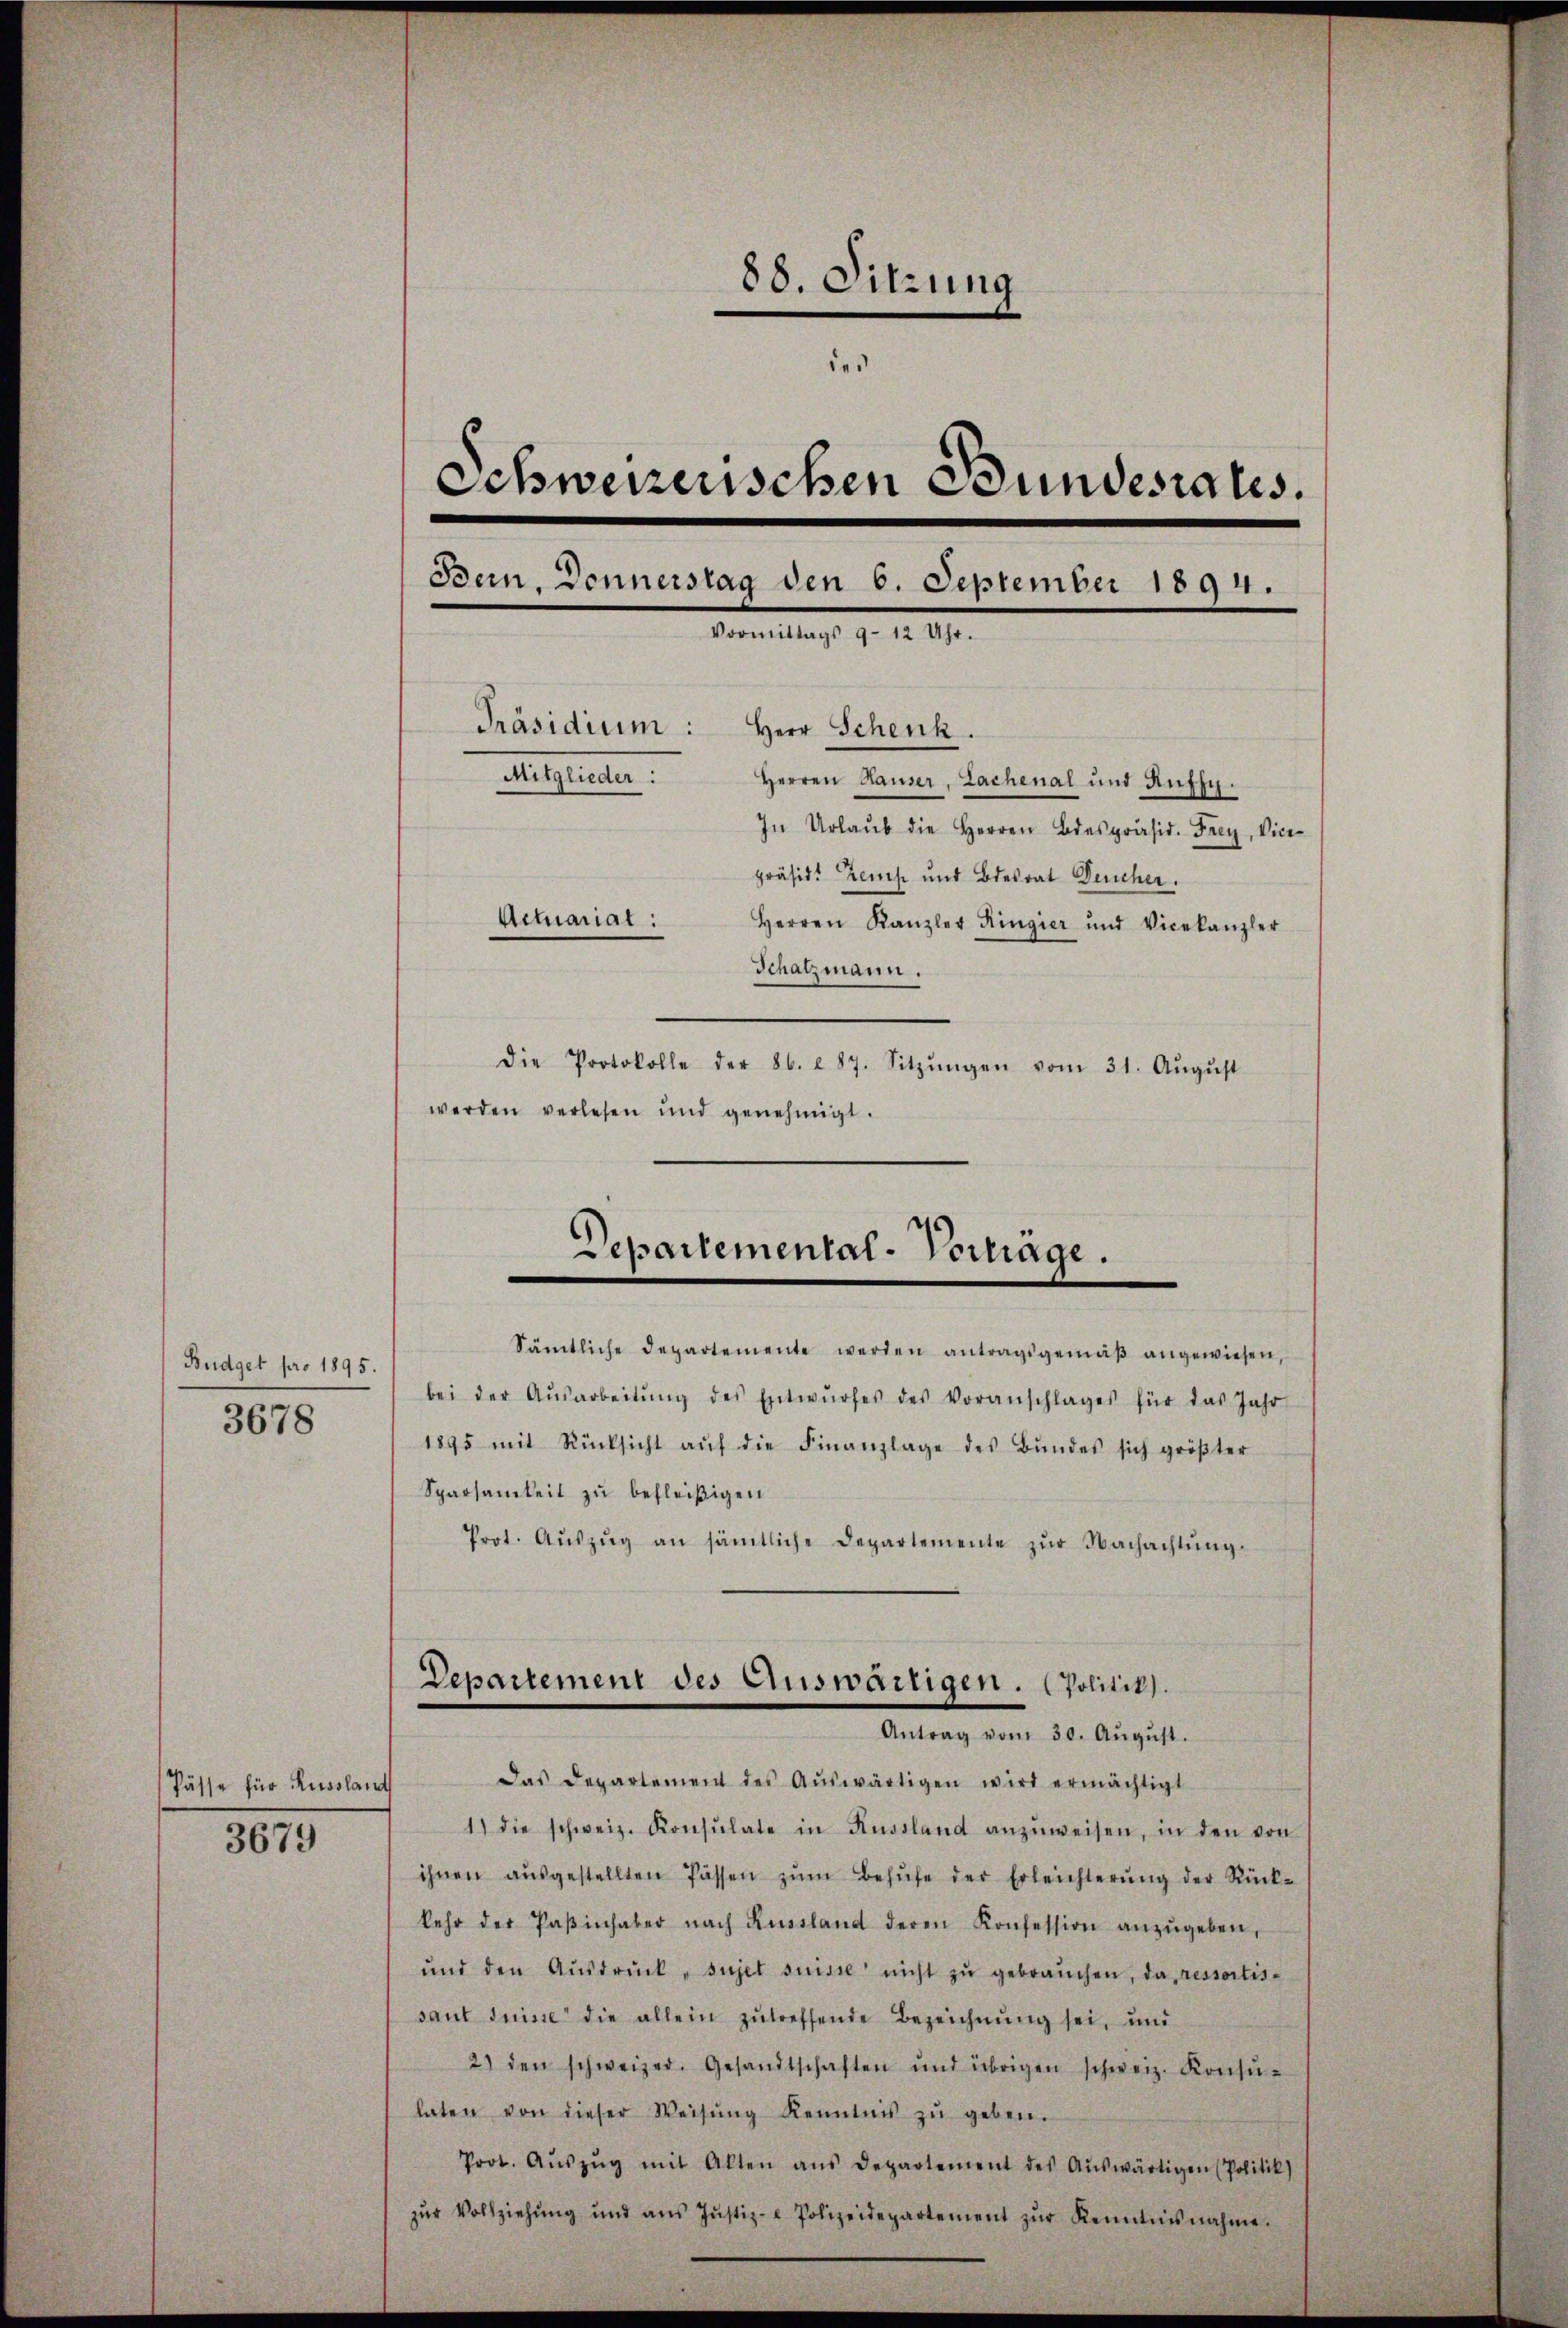
Budget pro 1895.
3678

Pässe für Resolant
3679

88. Sitzung
des
Schwerzenschen Bundesrates.
Bein, Donnerstag den 6. September 1894.
I
Präsidium: Herr Schenk.
Mitglieder
Herren Hauser, Lachenal und Auffy.
In Urlaŭb die Herren Bespräsid. Frey, Vice-
präsid. Zens und Bdesrat Deucher.
Actuarial:
Herren Kanzler Ringier und Vicekanzler
Schatzmann.
Die Protokolle der 86. 287. Sitzŭngen vom 31. Aŭgŭst
werden verlesen und genehmigt.

Sämtliche Departemente werden antragsgemäβ angewiesen,
bei der Aŭsarbeitŭng des Entwŭrfes des Voranschlages für das Jahr
1895 mit Rücksicht aŭf die Finanzlage des Bŭndes sich gröβter
Sparsamkeit zu befleißigen
Prot. Aŭszŭg an sämtliche Departemente zŭr Nachachtŭng

Departemental-Vorlage.

Das Departement des Aŭswärtigen wird ermächtigt
1) die schweiz. Konsulate in Russland anzŭweisen, in den von
ihnen aŭsgestellten Pässen zŭm Behŭfe der Erleichterŭng der Rück-
kehr der Paβinhaber nach Russland deren Konfession anzŭgeben,
und den Aŭsdrŭck "sujet suisse nicht zŭ gebraŭchen, da ressortis-
saut suisse die allein zŭtreffende Bezeichnŭng sei, und
2) den schweizer. Gesandtschaften und übrigen schweiz. Konsŭ-
laten von dieser Weisŭng Kenntnis zŭ geben.
Prot. Aŭszŭg mit Akten ans Departement des Aŭswärtigen (Politik)
zŭr Vollziehŭng und ans Jŭstiz- & Polizeidepartement zŭr Kenntnisnahme.

Departement des Auswärtigen. (Politik.
Antrag vom 30. Aŭgŭst.